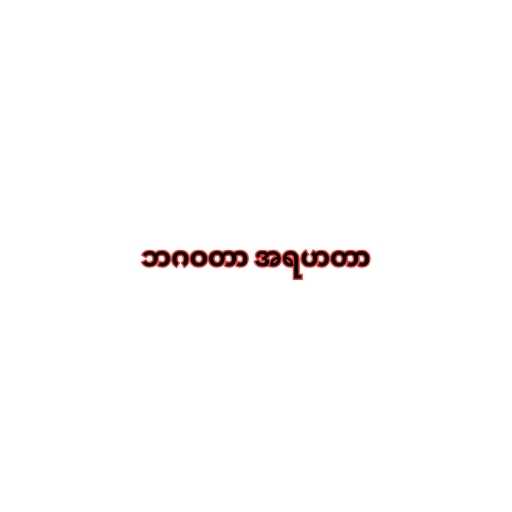
ဘဂဝတာ အရဟတာ